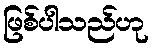
ဖြစ်ပါသည်ဟု